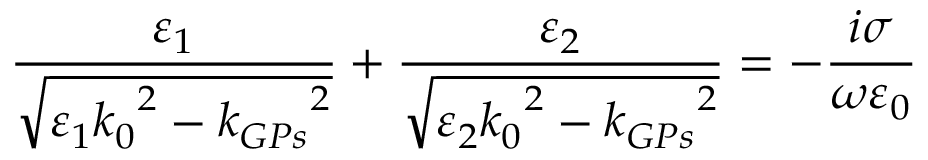
\frac { \varepsilon _ { 1 } } { \sqrt { \varepsilon _ { 1 } { k _ { 0 } } ^ { 2 } - { k _ { G P s } } ^ { 2 } } } + \frac { \varepsilon _ { 2 } } { \sqrt { \varepsilon _ { 2 } { k _ { 0 } } ^ { 2 } - { k _ { G P s } } ^ { 2 } } } = - \frac { i \sigma } { \omega \varepsilon _ { 0 } }